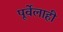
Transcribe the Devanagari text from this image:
पूर्वेलाही